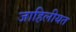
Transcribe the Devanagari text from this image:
जाहिलीयत